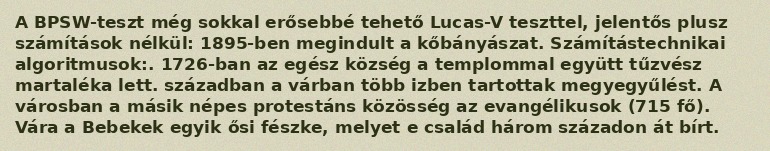
A BPSW-teszt még sokkal erősebbé tehető Lucas-V teszttel, jelentős plusz számítások nélkül: 1895-ben megindult a kőbányászat. Számítástechnikai algoritmusok:. 1726-ban az egész község a templommal együtt tűzvész martaléka lett. században a várban több izben tartottak megyegyűlést. A városban a másik népes protestáns közösség az evangélikusok (715 fő). Vára a Bebekek egyik ősi fészke, melyet e család három századon át bírt.